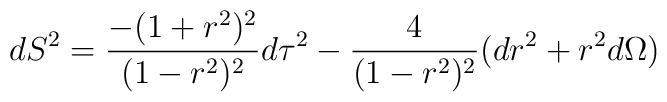
dS^2 ={-(1+r^2)^2 \over (1-r^2)^2}d\tau^2 - {4\over(1-r^2)^2}(dr^2 +r^2 d\Omega)